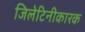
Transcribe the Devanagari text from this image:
जिलेटिनीकारक